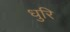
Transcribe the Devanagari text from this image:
धुरि